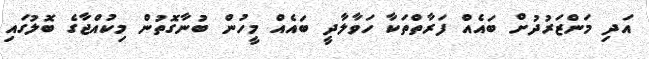
އަދި މަންޒަރުދުށް ބައެއް ފަރާތްތަކާ ހަވާލާދީ ބައެއް މީހުން ބުނާގޮތުން މިކުއްޖާގެ ބޮލުގައި